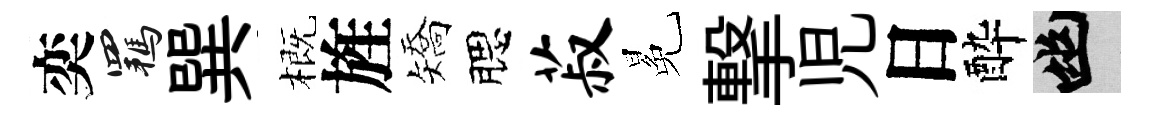
奕羈巽概旌矯腮菽冕撃児日酔幽